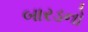
બારડનો